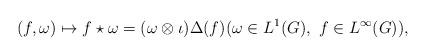
LaTeX: \begin{align*}(f, \omega) \mapsto f \star \omega = (\omega \otimes \iota)\Delta(f) (\omega \in L^1(G), \ f \in L^\infty(G)),\end{align*}